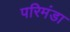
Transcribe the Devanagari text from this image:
परिमंडा